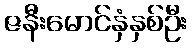
ဇနီးမောင်နှံနှစ်ဦး